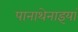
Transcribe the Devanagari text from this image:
पानाथेनाइयां